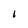
Character: i